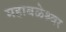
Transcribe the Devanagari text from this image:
महाबळेश्र्वर